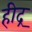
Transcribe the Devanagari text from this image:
हीद्र